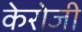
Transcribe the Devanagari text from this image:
केरोजी